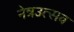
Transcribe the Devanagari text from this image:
नेत्रउत्सव